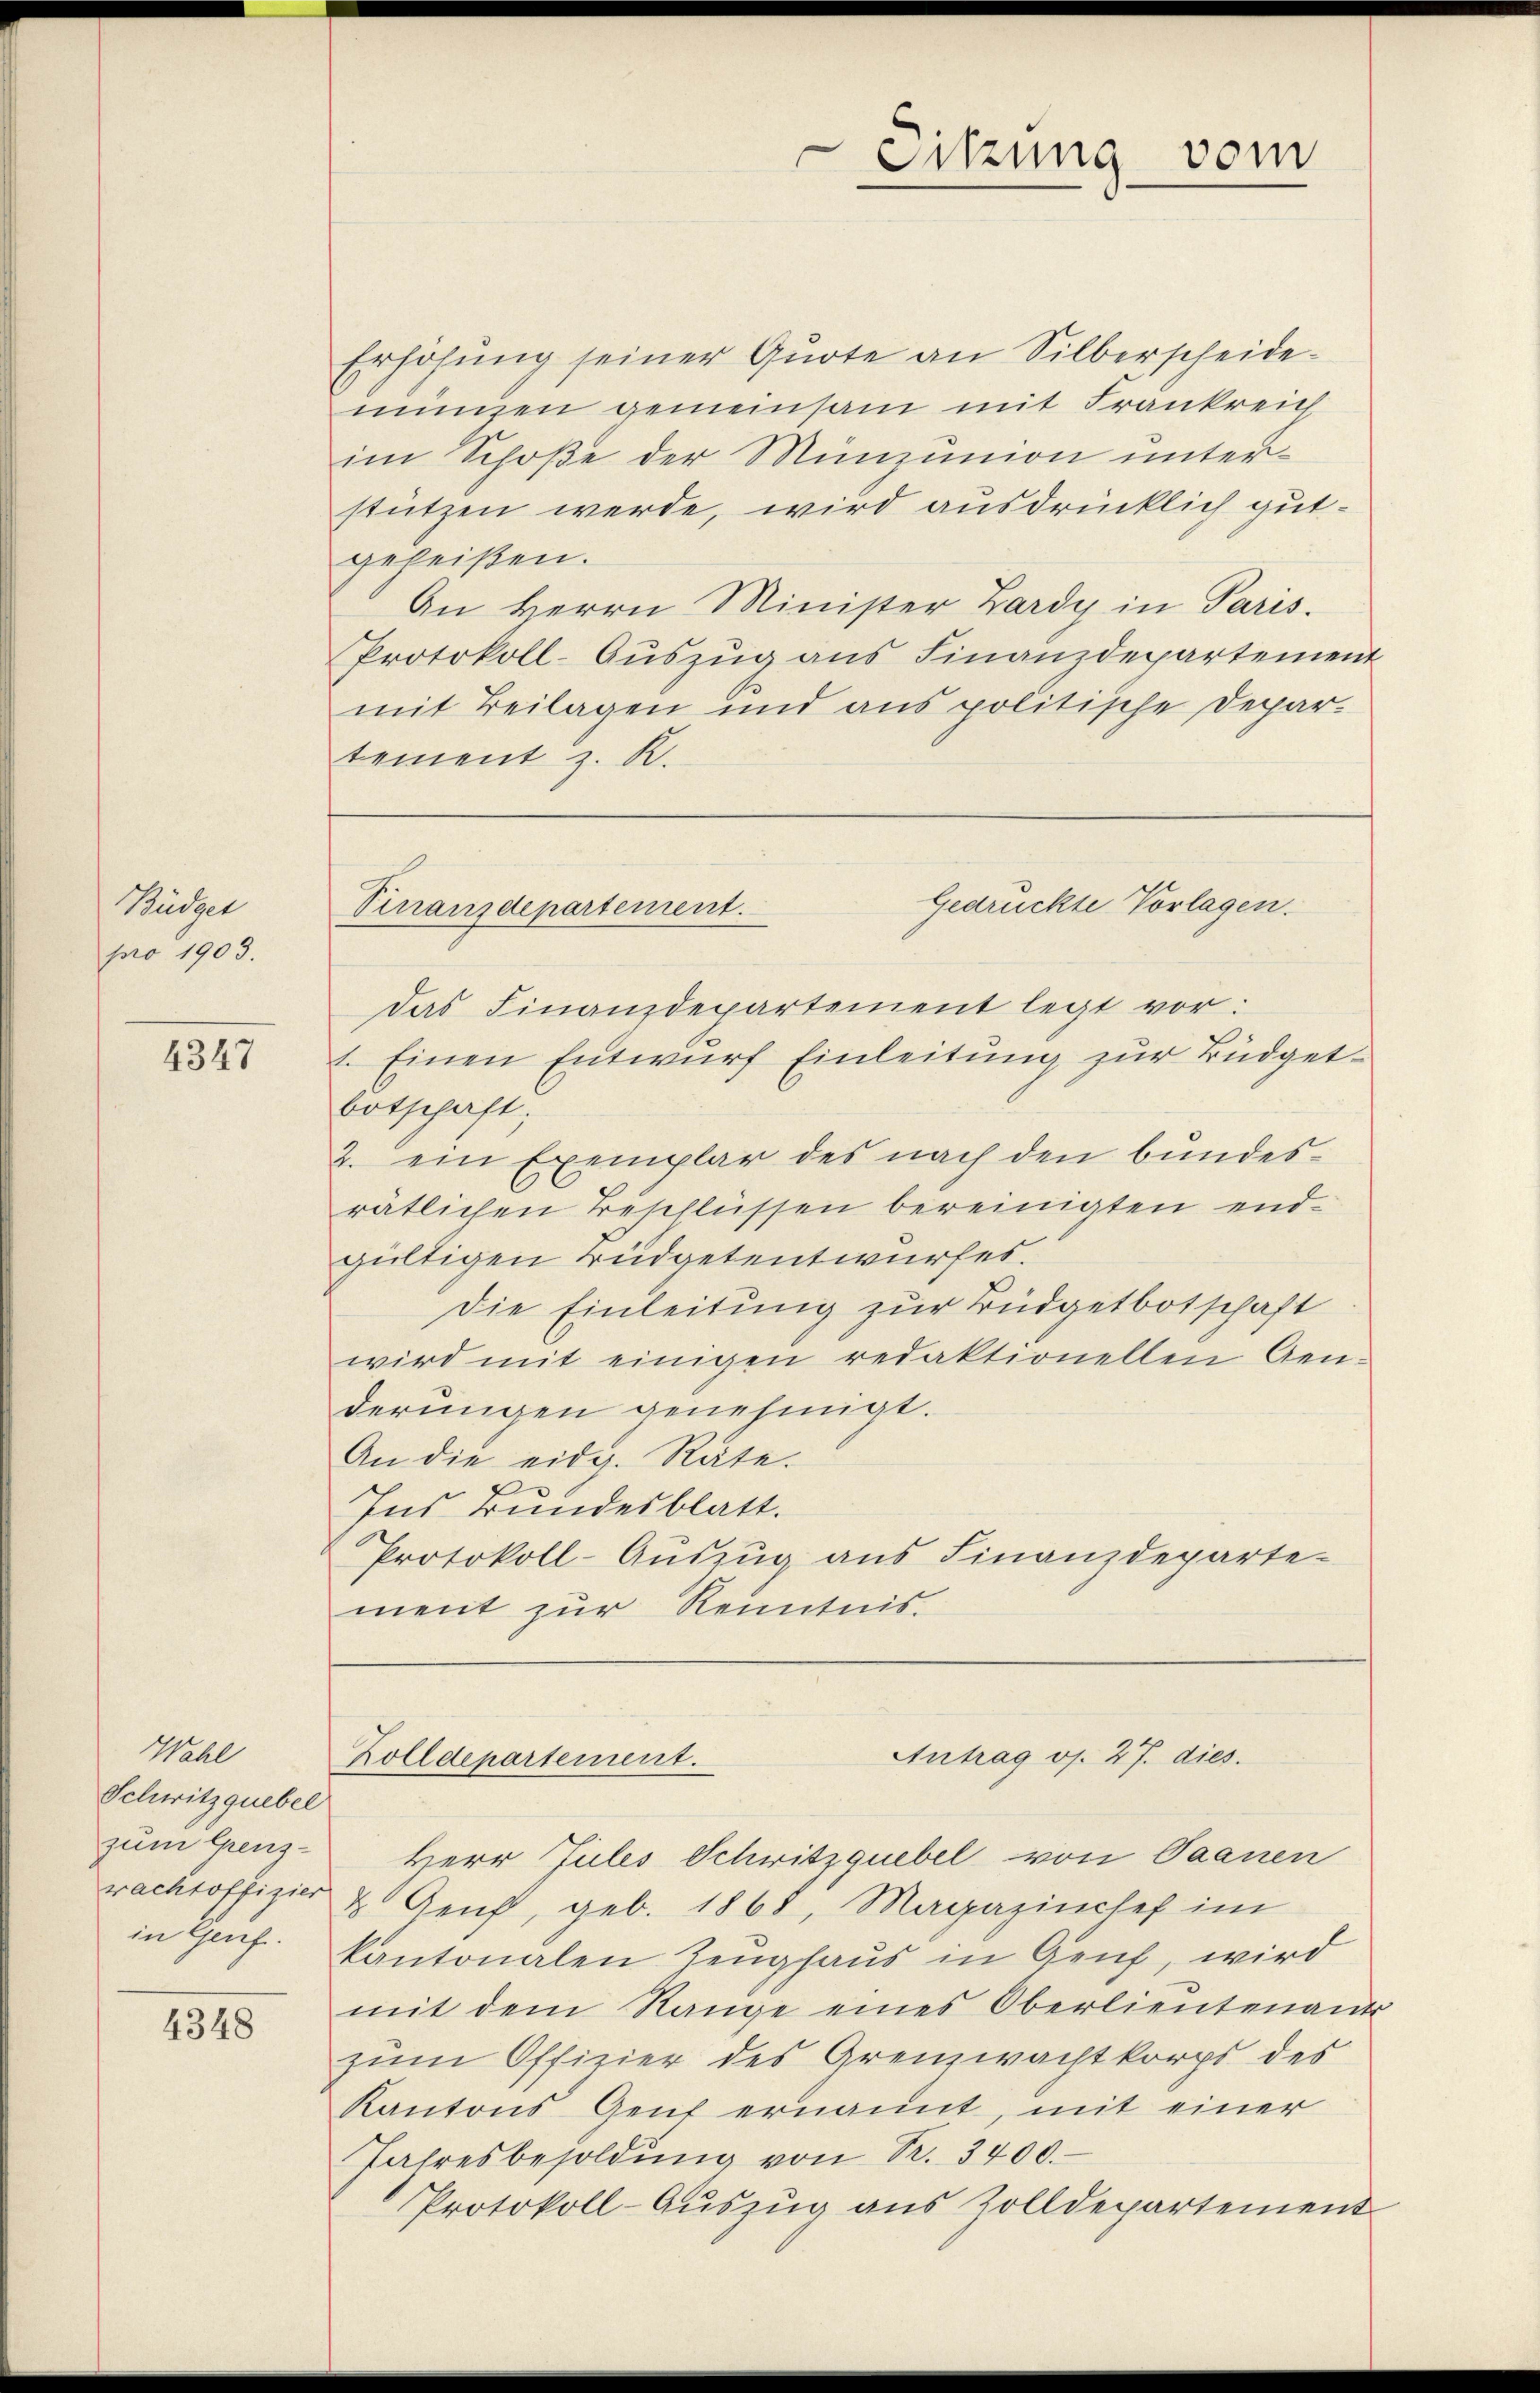
Büdget
pro 1903.

4347

Erhöhŭng seiner Quote an Silberscheidemungen gemeinsam mit Frankreich
im Schoße der Münzunion unterstützen werde, wird ausdrücklich gutgeheißen.
An Herrn Minister Zardy in Paris.
Protokoll-Aŭszŭg ans Finanzdepartement
mit Beilagen und aus politische Depar-
tement z. R.

Wahl
Schwitzquebel
zum Grenzwachtoffizier
in Genf

4348

Das Finanzdepartement legt vor:
1. Einen Entwurf Einleitung zur Büdgetbotschaft;
2. ein Exemplar des nach den bundesrätlichen Beschlüssen bereinigten endgültigen Büdgetentwurfes.
Die Einleitung zur Büdgetbotschaft
wird mit einigen redaktionellen Genderungen genehmigt.
An die eidg. Räte.
Ins Bundesblatt.
Protokoll-Aŭszŭg ans Finanzdeparte-
ment zur Kenntnis.

Herr Julis Schwitzquebel von Saanen
& Aeuf, geb. 1868, Magazinchef im
kantonalen Zeughaus in Genf, wird
mit dem Range eines Oberlieutenants
zum Offizier des Grenzwachtkorps des
Kantons Gent ernannt, mit einer
Jahresbesoldŭng von S. 3400.
Protokoll-Auszug aus Zolldepartement

Sitzung vom

Gedrückte Vorlagen.
Vinanzdepartement.

Antrag os. 27. dies.
Zolldepartement.